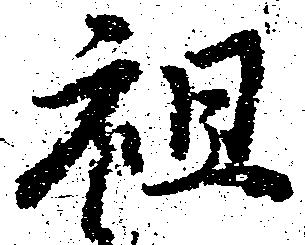
祖